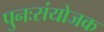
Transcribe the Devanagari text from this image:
पुनःसंयोजक